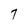
Character: 7